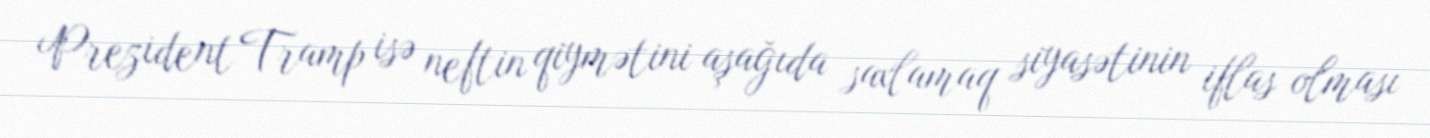
Prezident Tramp isə neftin qiymətini aşağıda saxlamaq siyasətinin iflas olması